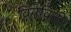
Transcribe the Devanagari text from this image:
विनविती